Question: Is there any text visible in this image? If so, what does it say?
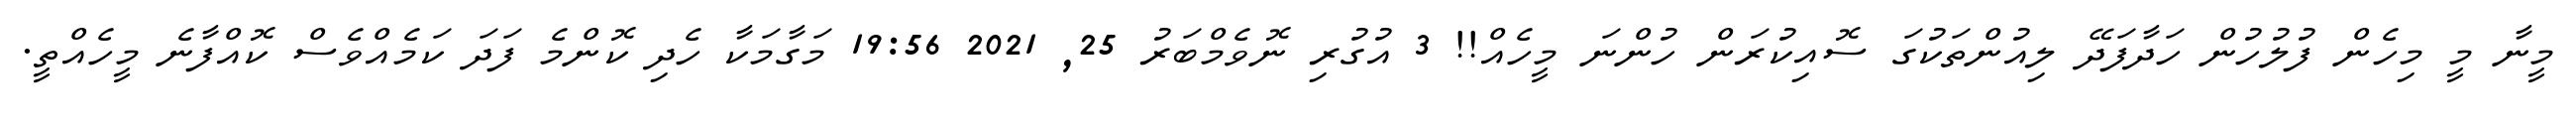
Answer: މީނާ މީ މިހެން ފުލުހުން ހަދާފަދޭ ލިއުންތަކުގަ ސޮއިކުރަން ހުންނަ މީހެއް!! 3 އުގުރި ނޮވެމްބަރު 25, 2021 19:56 މަގާމަކާ ހެދި ކޮންމެ ފަދަ ކަމެއްވެސް ކޮއްފާނެ މީހެއްތީ.